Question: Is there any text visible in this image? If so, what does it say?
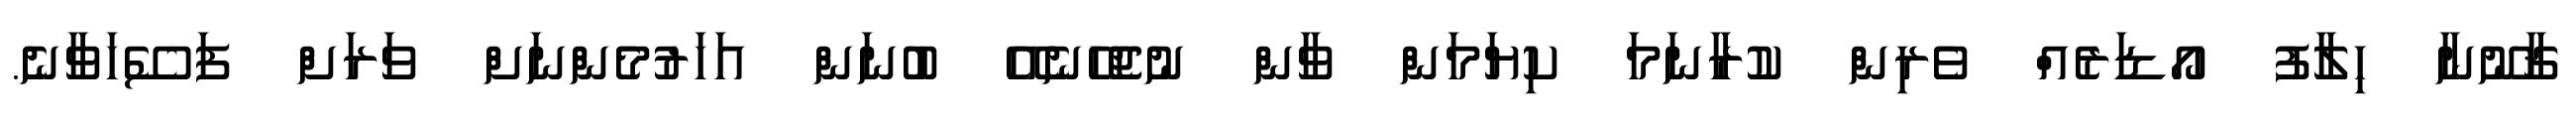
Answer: ޤާނޫނާ ހިލާފު އޯޑަރެއް ވެރިން ކުރާނަމަ ކިޔަމަން ވާން ނުޖެހޭނެއޭ ބުނަން އަހަރުމެންނަށް ވަރަށް ފަސޭހަވާނެ.